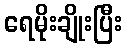
ရေမိုးချိုးပြီး